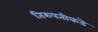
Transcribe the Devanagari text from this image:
तिरुपतीकडे